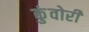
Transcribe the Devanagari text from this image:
कुंवोरी